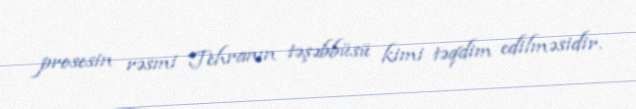
prosesin rəsmi Tehranın təşəbbüsü kimi təqdim edilməsidir.